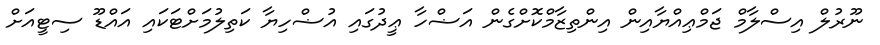
ނޫރުލް އިސްލާމް ޖަމްޢިއްޔާއިން އިންތިޒާމްކޮށްގެން އަޟްހާ ޢީދުގައި އުޟްހިޔާ ކަތިލުމަށްޓަކައި އައްޑޫ ސިޓީއަށް